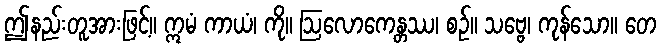
ဤနည်းတူအားဖြင့်။ ဣမံ ကာယံ၊ ကို။ ဩလောကေန္တဿ၊ စဉ်။ သဗ္ဗေ၊ ကုန်သော။ တေ